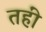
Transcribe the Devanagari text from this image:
तहीं